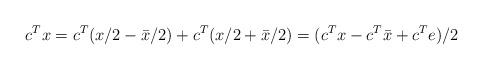
LaTeX: \begin{align*}c^Tx =c^T(x/2 - \bar x/2) + c^T(x/2 + \bar x/2) =(c^Tx -c^T\bar x +c^Te)/2\end{align*}